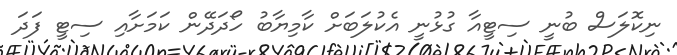
ނިކޮލަސް ބުނީ ސިޓީއާ ގުޅުނީ އެކުލަބަށް ކާމިޔާބު ހޯދަދޭން ކަމަށާއި ސިޓީ ފަދަ